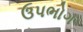
ઉપભોગ